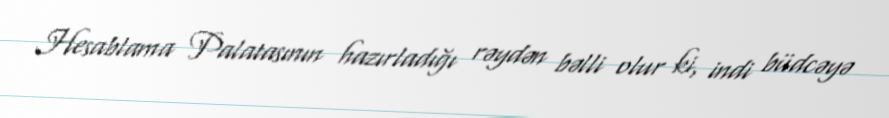
Hesablama Palatasının hazırladığı rəydən bəlli olur ki, indi büdcəyə